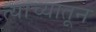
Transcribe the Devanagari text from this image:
त्याच्यातून